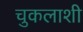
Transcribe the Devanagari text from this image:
चुकलाशी